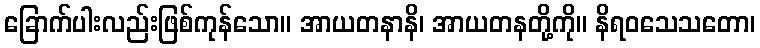
ခြောက်ပါးလည်းဖြစ်ကုန်သော။ အာယတနာနိ၊ အာယတနတို့ကို။ နိရဝသေသတော၊